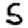
Digit: 5